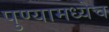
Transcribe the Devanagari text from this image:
पुण्यामध्येच